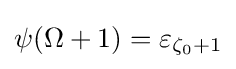
\psi (\Omega +1)=\varepsilon _{\zeta _{0}+1}